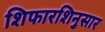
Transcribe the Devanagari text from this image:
शिफारशिनुसार